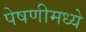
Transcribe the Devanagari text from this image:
पेषणीमध्ये